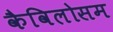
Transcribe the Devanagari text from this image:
कैविलोसम